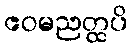
ဧဝမညတ္ထပိ